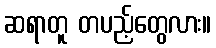
ဆရာတူ တပည့်တွေလား။